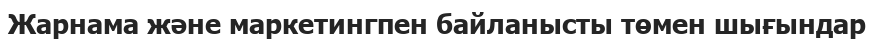
Жарнама және маркетингпен байланысты төмен шығындар